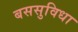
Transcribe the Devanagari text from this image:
बससुविधा